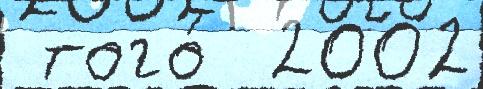
 того́  2002